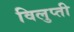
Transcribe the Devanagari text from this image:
विलुप्ती